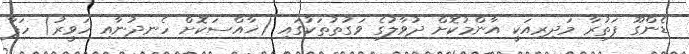
ޑެންގޫ ފަތުރާ މަދިރިއަކީ އާންމުކޮށް ދުވާލުގެ ވަގުތުތަކުގައި (ޚާއްސަކޮށް ހެނދުނާއި ހަވީރު) ހަފާ